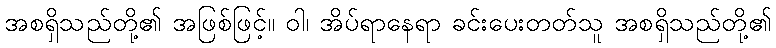
အစရှိသည်တို့၏ အဖြစ်ဖြင့်။ ဝါ၊ အိပ်ရာနေရာ ခင်းပေးတတ်သူ အစရှိသည်တို့၏